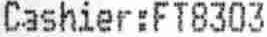
CASHIER:FT8303